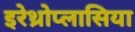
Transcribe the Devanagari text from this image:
इरेथ्रोप्लासिया